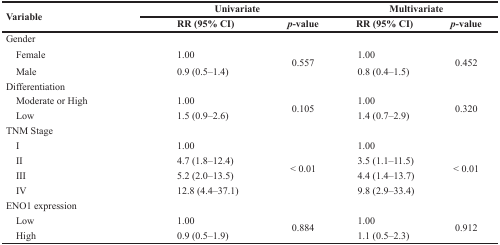
| <ROWSPAN=2> Variable | <COLSPAN=2> Univariate | <COLSPAN=2> Multivariate |
 | RR (95% CI) | p-value | RR (95% CI) | p-value |
 | --- | --- | --- | --- | --- |
 | Gender |  |  |  |  |
 | Female | 1.00 | <ROWSPAN=2> 0.557 | 1.00 | <ROWSPAN=2> 0.452 |
 | Male | 0.9 (0.5–1.4) | 0.8 (0.4–1.5) |
 | Differentiation |  |  |  |  |
 | Moderate or High | 1.00 | <ROWSPAN=2> 0.105 | 1.00 | <ROWSPAN=2> 0.320 |
 | Low | 1.5 (0.9–2.6) | 1.4 (0.7–2.9) |
 | TNM Stage |  |  |  |  |
 | I | 1.00 | <ROWSPAN=4> < 0.01 | 1.00 | <ROWSPAN=4> < 0.01 |
 | II | 4.7 (1.8–12.4) | 3.5 (1.1–11.5) |
 | III | 5.2 (2.0–13.5) | 4.4 (1.4–13.7) |
 | IV | 12.8 (4.4–37.1) | 9.8 (2.9–33.4) |
 | ENO1 expression |  |  |  |  |
 | Low | 1.00 | <ROWSPAN=2> 0.884 | 1.00 | <ROWSPAN=2> 0.912 |
 | High | 0.9 (0.5–1.9) | 1.1 (0.5–2.3) |